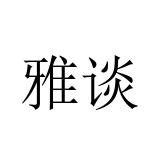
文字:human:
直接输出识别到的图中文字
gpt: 雅谈